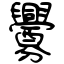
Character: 釁